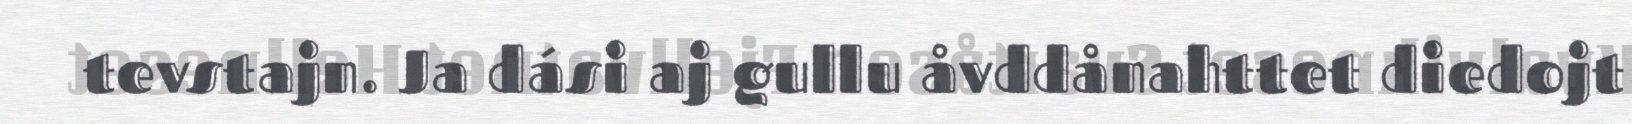
tevstajn. Ja dási aj gullu åvddånahttet diedojt